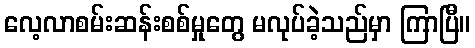
လေ့လာစမ်းဆန်းစစ်မှုတွေ မလုပ်ခဲ့သည်မှာ ကြာပြီ။